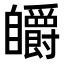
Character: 𮍟